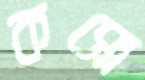
কসো